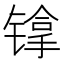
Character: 镎